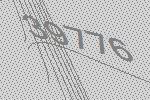
39776